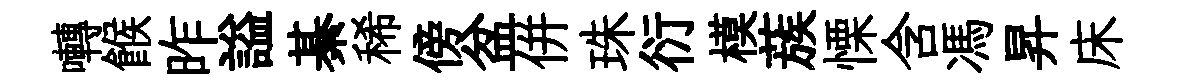
囀餱昨謚綦稀傍盆併珠衍模蔟慄含馮昇床